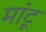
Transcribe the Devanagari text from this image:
मांटू